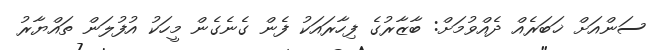
ސަންއަށް ޚަބަރެއް ދެއްވުމަށް: ބާޒާރުގެ ފިހާރައަކު ފެން ގެނެގެން މީހަކު އުފުލަން ތައްޔާރު